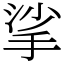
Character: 挲